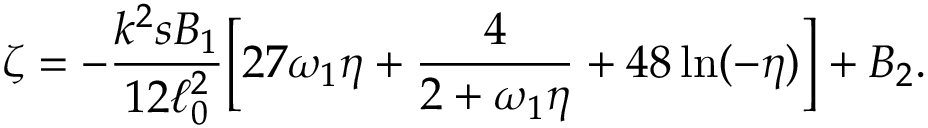
\zeta = - \frac { k ^ { 2 } s B _ { 1 } } { 1 2 \ell _ { 0 } ^ { 2 } } \biggl [ 2 7 \omega _ { 1 } \eta + \frac { 4 } { 2 + \omega _ { 1 } \eta } + 4 8 \ln ( - \eta ) \biggr ] + B _ { 2 } .